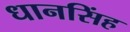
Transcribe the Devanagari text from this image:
धानसिंह